Annual statistical returns and brief notes on vaccination in Bengal - 1896-1909
Year: 1896
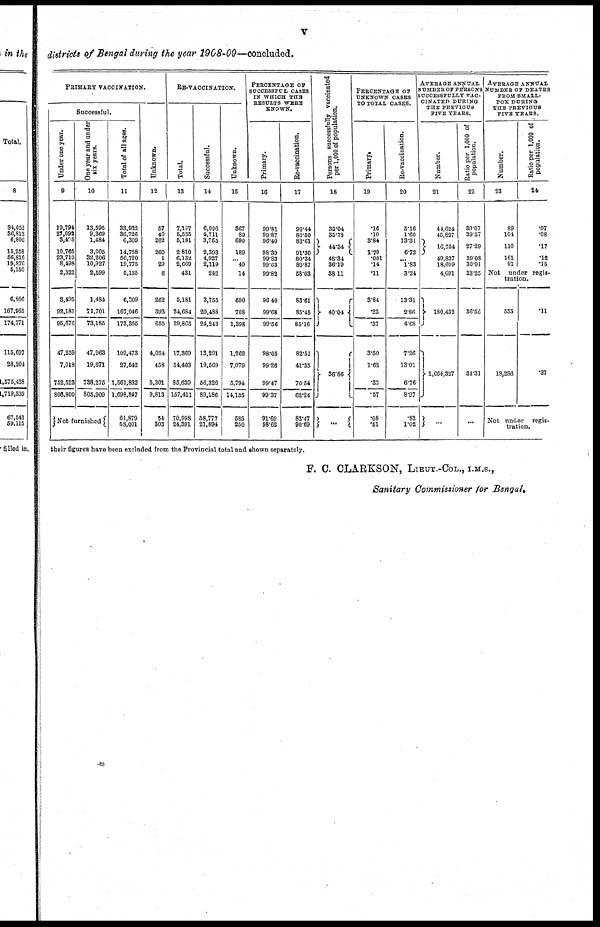
v
districts of Bengal during the year 1908-09—concluded.
PRIMARY VACCINATION.
Successful.
Under one year.
9
19,794
27,092
3,495
10,765
23,710
8,498
2,322
3,495
92,181
95,676
47,259
7,018
752,523
806,800
One year and under
six years.
10
13,595
9,369
1,484
3,005
32,206
10,927
2,599
1,484
71,701
73,185
47,963
19,671
738,275
805,909
Not furnished
Total of all ages.
11
33,932
36,726
6,309
14,758
56,720
19,775
5,135
6,309
167,046
173,355
109,473
27,542
1,561,832
1,698,847
61,879
58,001
Unknown.
12
57
40
262
260
1
29
6
262
393
655
4,054
458
5,301
9,813
54
303
RE-VACCINATION.
Total.
13
7,107
5,535
5,181
2,810
6,132
2,669
431
5,181
24,684
29,865
17,369
54,403
85,639
157,411
70,998
24,391
Successful.
14
6,096
4,711
3,755
2,393
4,927
2,119
242
3,755
20,488
24,243
13,291
19,569
56,326
89,186
58,777
21,894
Unknown.
15
367
89
690
189
... 49
14
690
708
1,398
1,262
7,079
5,794
14,135
585
250
PERCENTAGE OF
SUCCESSFUL CASES
IN WHICH THE
RESULTS WERE
KNOWN.
Primary.
16
99.81
99.87
96.40
98.39
99.83
99.03
99.82
96.40
99.68
99.56
98.05
99.26
99.47
99.37
91.69
98.62
Re-vaccination.
17
90.44
86.50
83.61
91.30
80.34
80.87
58.03
83.61
85.45
85.16
82.51
41.35
70.54
62.24
83.47
90.69
Persons successfully vaccinated
per 1,000 of population.
18
35.04
35.78
44.34
48.34
36.19
38.11
40. 04
...
...
PERCENTAGE OF
UNKNOWN CASES
TO TOTAL CASES.
Primary.
19
.16
.10
3.84
1.70
.001
.14
.11
3.84
.23
.37
3.50
1.62
.33
.57
.08
.51
Re-vaccination.
20
5.16
1.60
13.31
6.72
... 1.83
3.24
13.31
2.86
4.68
7.26
13.01
6.76
8.97
.82
1.02
AVERAGE ANNUAL
NUMBER OF PERSONS
SUCCESSFULLY VAC-
CINATED DURING
THE PREVIOUS
FIVE TEARS.
Number.
21
44,624
45,827
16,754
49,837
18,699
4,691
180,432
1,664,327
...
Ratio per 1,000 of
population.
22
39.07
39.57
27.29
39.08
30.91
33.25
36.56
34.31
...
AVERAGE ANNUAL
NUMBER OF DEATHS
FROM SMALL-
POX DURING
THE PREVIOUS
FIVE YEARS.
Number.
23
89
104
110
161
91
Ratio per 1,000 of
population.
24
.07
.08
.17
.12
.15
Not under regis-
tration.
555
18,286
.11
.37
Not under
regis-
tration.
their figures have been excluded from the Provincial total and shown separately.
F. C. CLARKSON, LIEUT.-COL., I.M.S.,
Sanitary Commissioner for Bengal,